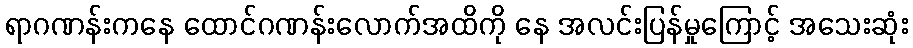
ရာဂဏန်းကနေ ထောင်ဂဏန်းလောက်အထိကို နေ အလင်းပြန်မှုကြောင့် အသေးဆုံး